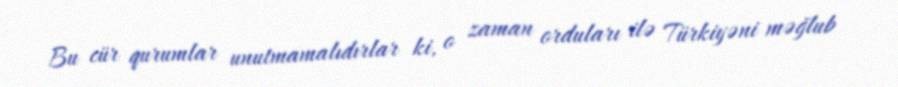
Bu cür qurumlar unutmamalıdırlar ki, o zaman orduları ilə Türkiyəni məğlub